255_413270_UFO's_and_Defense_What_Should_we_Prepare_For
Agency: NASA
Page 6
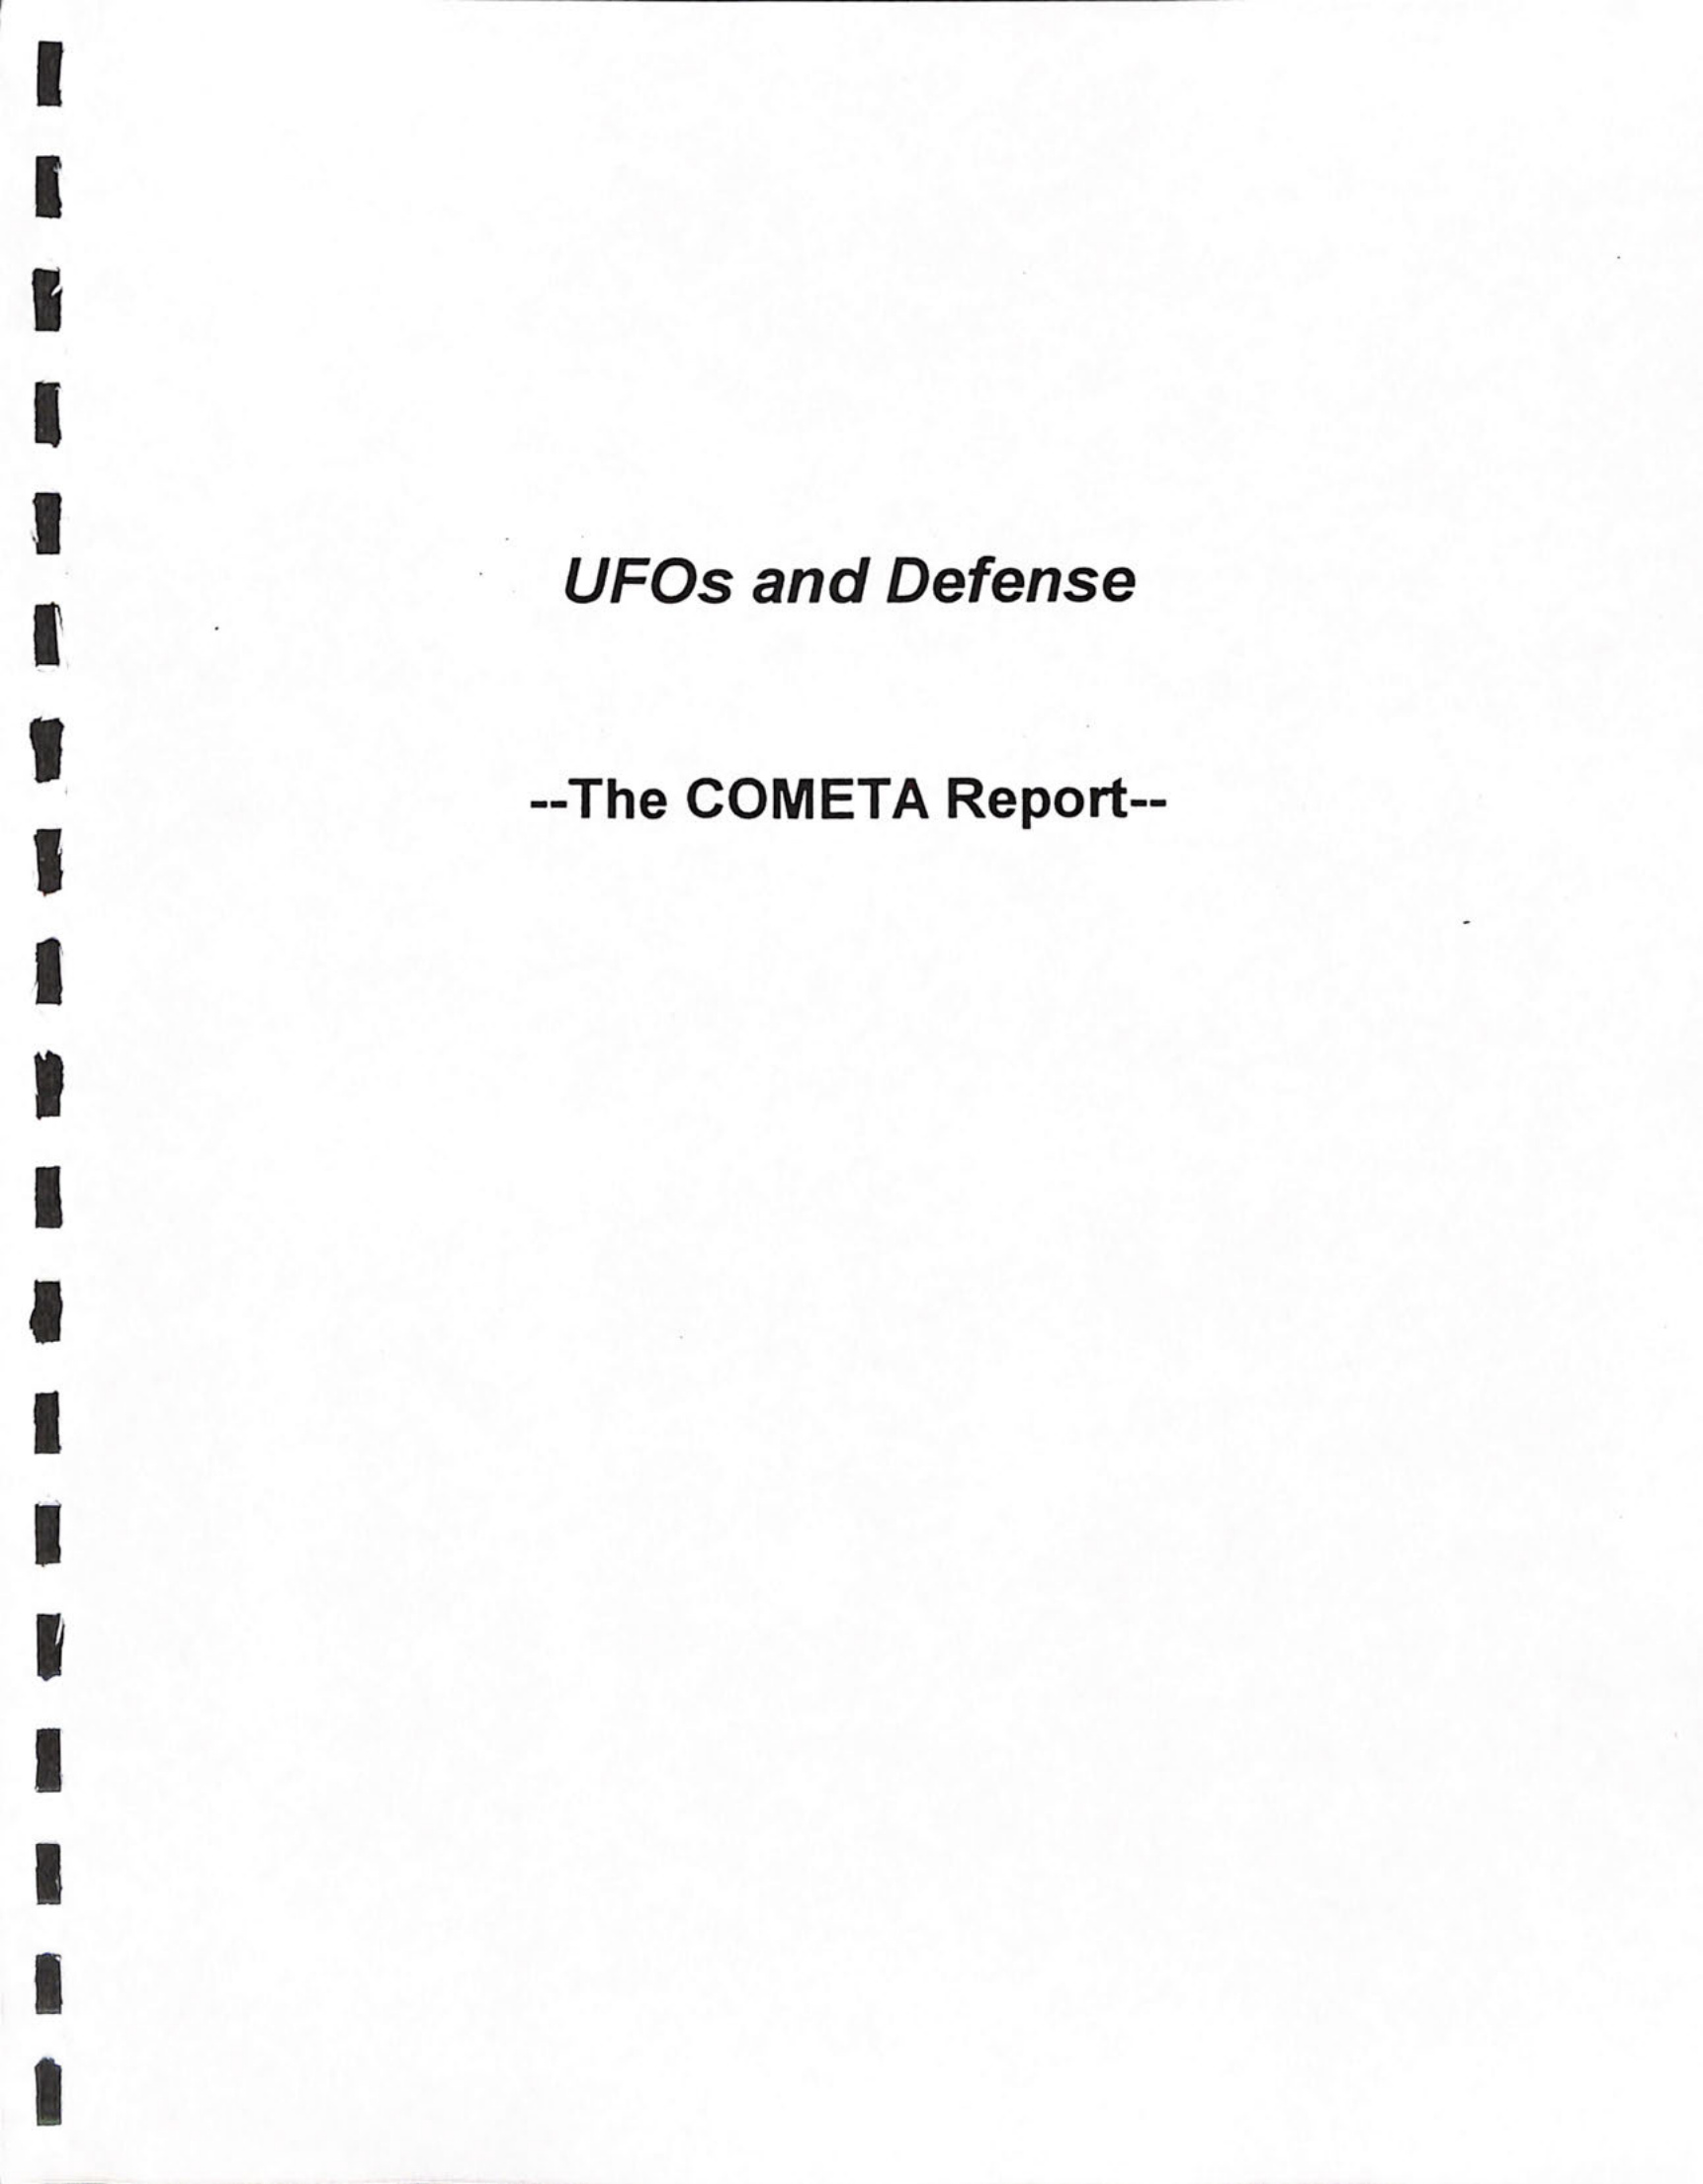